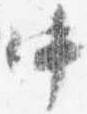
中